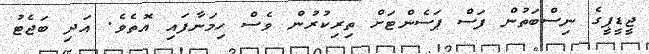
ޖީޑީޕީގެ ނިސްބަތުން ފަސް ޕަސެންޓަށް ތިރިކުރުން ވެސް ހިމަނާފައި އޮތެވެ. އަދި ބަޖެޓު